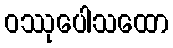
ဝဿုပေါသထော